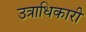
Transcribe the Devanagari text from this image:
उत्राधिकारी